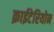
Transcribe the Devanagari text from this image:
क्राईटेरियोन